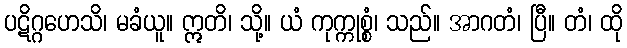
ပဋိဂ္ဂဟေသိ၊ မခံယူ။ ဣတိ၊ သို့။ ယံ ကုက္ကုစ္စံ၊ သည်။ အာဂတံ၊ ပြီ။ တံ၊ ထို